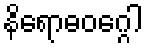
နိရောဓဝဂ္ဂေါ